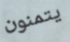
يتمنون